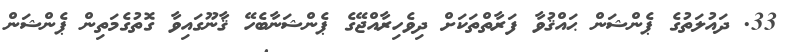
33. ދައުލަތުގެ ޕެންޝަން ޙައްޤުވާ ފަރާތްތަކަށް ދިވެހިރާއްޖޭގެ ޕެންޝަނާބެހޭ ޤާނޫގައިވާ ގޮތުގެމަތިން ޕެންޝަން